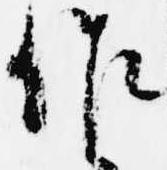
作